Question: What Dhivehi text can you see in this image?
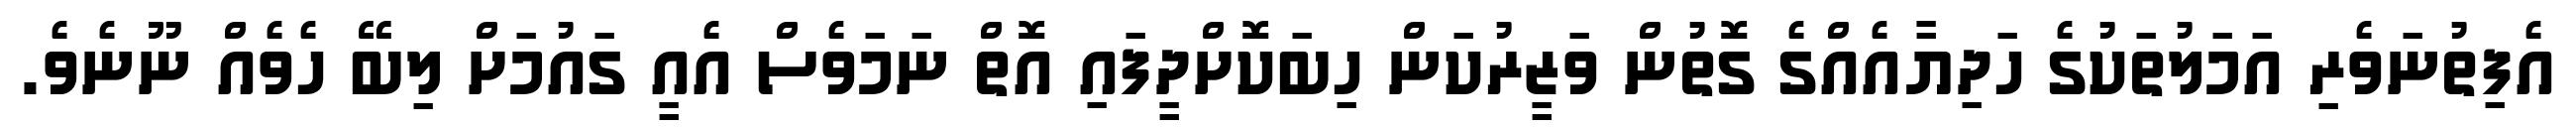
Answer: އެފިތުނަވެރި އަމަލުތަކުގެ ހަދިޔާއެއްގެ ގޮތުން ވަޒީރުކަން ހިބަކޮށްދީފައި އޮތް ނަމަވެސް އެއީ ގައުމަށް ލިބޭ ހެވެއް ނޫނެވެ.